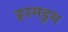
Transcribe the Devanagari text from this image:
हरमट्टम